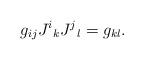
LaTeX: \begin{align*}g_{ij}J^{i}{}_{k} J^{j}{}_{l} =g_{kl} . \end{align*}